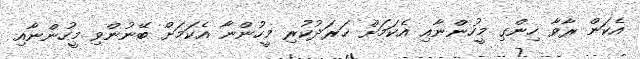
އެކަން ރާވާ ހިންގި މީހުންނާއި އެކަމަށް ޚަރަދުކުރި މީހުންނާ އެކަމަށް ބޭނުންވި މީހުންނާއި